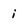
Character: i